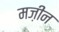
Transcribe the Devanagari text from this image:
मज़ीन